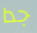
جدا